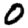
Digit: 0